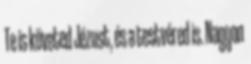
Te is követed Jézust, és a testvéred is. Nagyon